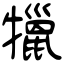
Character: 犣